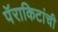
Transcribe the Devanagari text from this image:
पॅराकिटांची